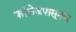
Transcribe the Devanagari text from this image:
कॉलेजपासूनच